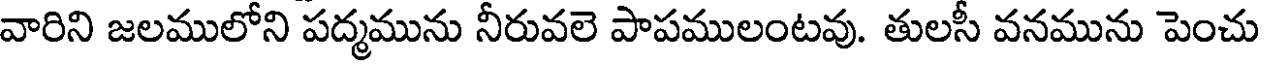
వారిని జలములోని పద్మమును నీరువలె పాపములంటవు. తులసీ వనమును పెంచు